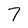
Character: 7